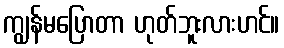
ကျွန်မပြောတာ ဟုတ်ဘူးလားဟင်။